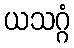
ယသဂ္ဂံ